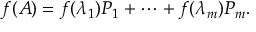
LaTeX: f ( A ) = f ( \lambda _ { 1 } ) P _ { 1 } + \cdots + f ( \lambda _ { m } ) P _ { m } .